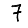
Digit: 7